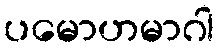
ပမောဟမာဂါ